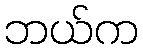
ဘယ်က